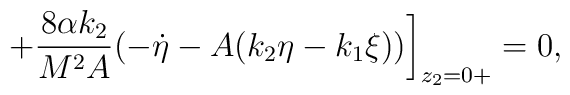
+\frac{8\alpha k_2}{M^2 A}(-\dot{\eta}-A(k_2\eta-k_1\xi))\bigg]_{z_2=0+}=0,